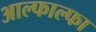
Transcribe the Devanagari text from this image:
आल्फाल्फा